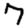
Digit: 7